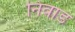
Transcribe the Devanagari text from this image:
निवाड